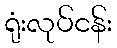
ရုံးလုပ်ငန်း